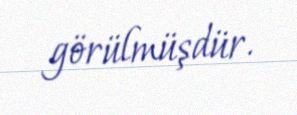
görülmüşdür.